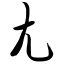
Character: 尢